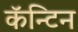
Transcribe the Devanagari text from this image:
कॅन्टिन